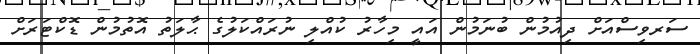
ސަރވިސްއަށް ދިއުމުން ބުނަމުން އައީ މިހާރު ކުއްލި ނުރައްކަލުގެ ޙާލަތު އޮތުމުން ޑޮކްޓަރަށް